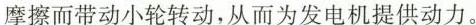
摩擦而带动小轮转动，从而为发电机提供动力。